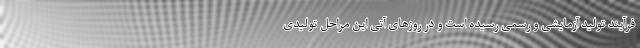
فرآیند تولید آزمایشی و رسمی رسیده است و در روزهای آتی این مراحل تولیدی